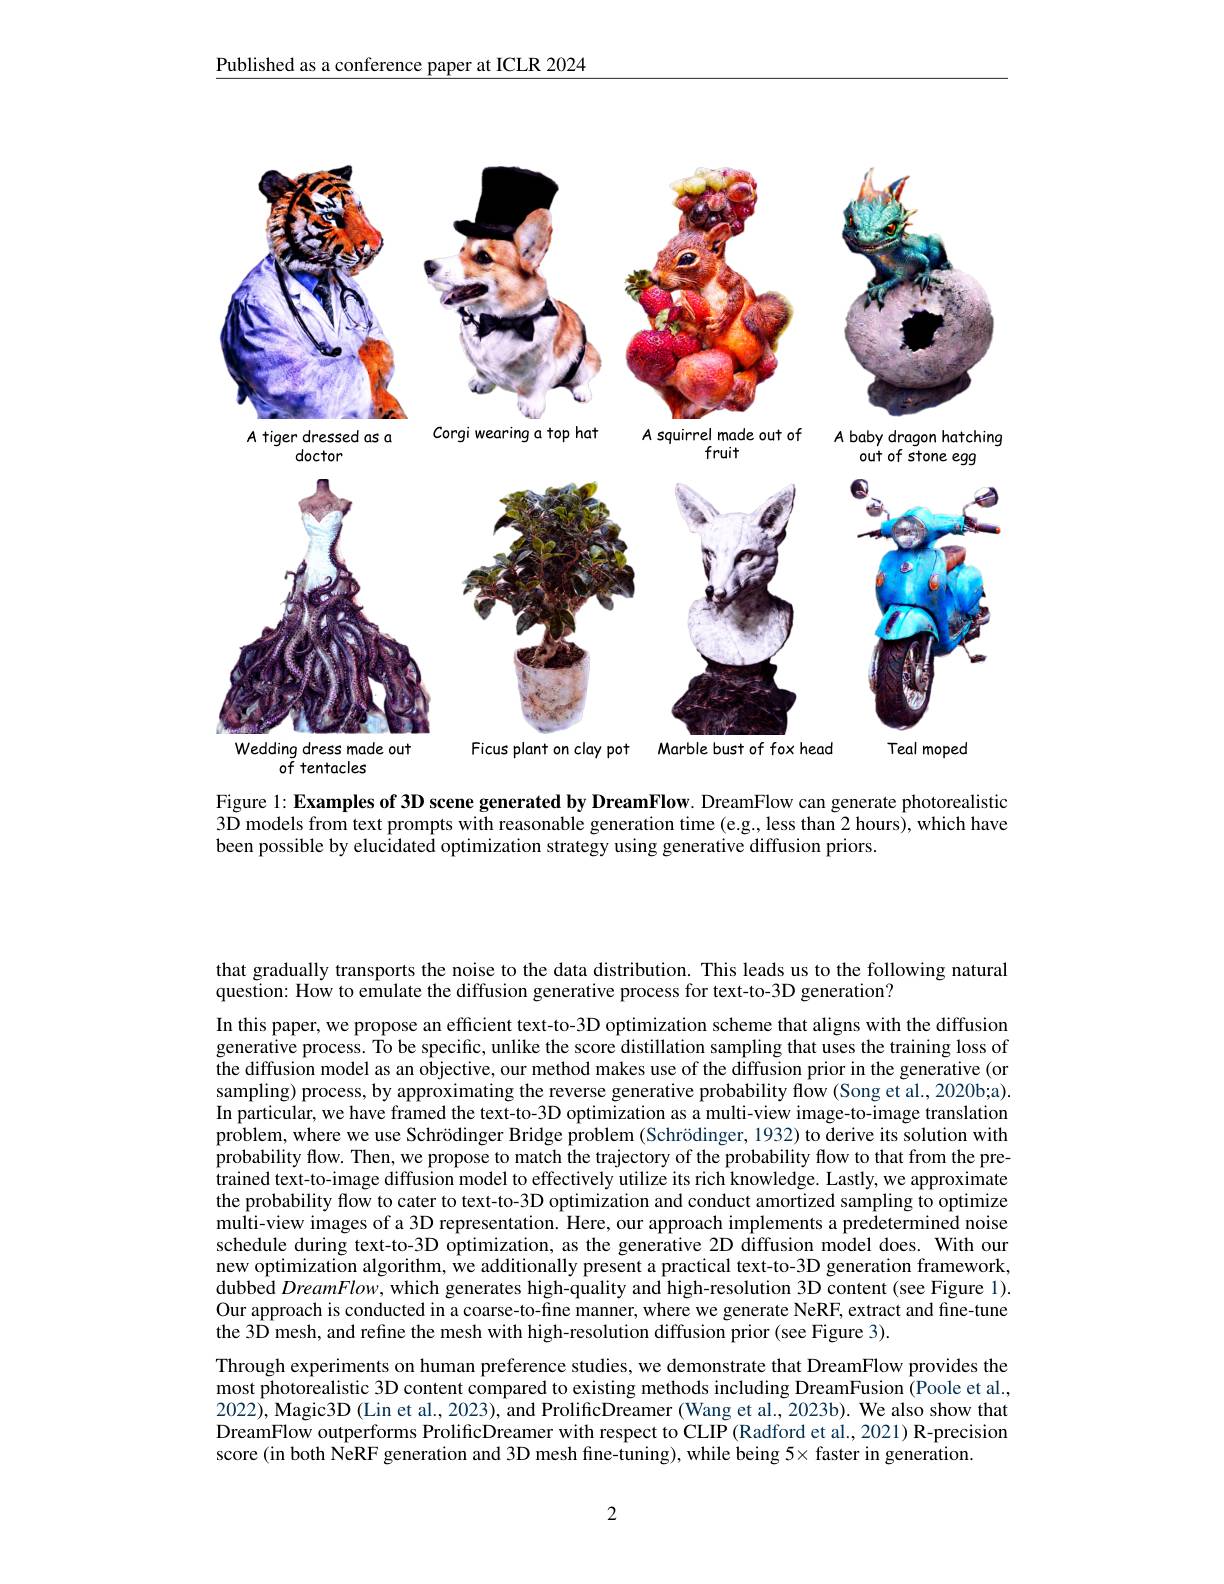
Published as a conference paper at ICLR 2024

<FigureHere>
of tentacles

Figure 1: Examples of 3D scene generated by DreamFlow. DreamFlow can generate photorealistic $\tilde{3\text{D models from text prompts with reasonable generation time (e.g., less than 2 hours), which have}}$ been possible by elucidated optimization strategy using generative diffusion priors.

that gradually transports the noise to the data distribution. This leads us to the following natural
question: How to emulate the diffusion generative process for text-to-3D generation?

In this paper, we propose an efficient text-to-3D optimization scheme that aligns with the diffusion generative process. To be specific, unlike the score distillation sampling that uses the training loss of the diffusion model as an objective, our method makes use of the diffusion prior in the generative (or sampling) process, by approximating the reverse generative probability flow (Song et al., 2020b;a). In particular, we have framed the text-to-3D optimization as a multi-view image-to-image translation problem, where we use Schrödinger Bridge problem (Schrödinger, 1932) to derive its solution with probability flow. Then, we propose to match the trajectory of the probability flow to that from the pretrained text-to-image diffusion model to effectively utilize its rich knowledge. Lastly, we approximate the probability flow to cater to text-to-3D optimization and conduct amortized sampling to optimize multi-view images of a 3D representation. Here, our approach implements a predetermined noise schedule during text-to-3D optimization, as the generative 2D diffusion model does. With our new optimization algorithm, $\hat{\text{we additionallypresentapracticaltext-to-3Dgenerationframework}}$, $\hat{\text{dubbed DreamFlow, which generates high-quality and high-resolution 3D content (see Figure 1).}}$ Our approach is conducted in a coarse-to-fine manner, where we generate NeRF, extract and fine-tune the 3D mesh, and refine the mesh with high-resolution diffusion prior(see Figure 3).
Through experiments on human preference studies, we demonstrate that DreamFlow provides the most photorealistic 3D content compared to existing methods including DreamFusion (Poole et al., 2022), Magic3D (Lin et al., 2023), and ProlificDreamer (Wang et al., 2023b). We also show that DreamFlow outperforms ProlificDreamer with respect to CLIP (Radford et al., 2021) R-precision score (in both NeRF generation and 3D mesh fine-tuning), while being 5× faster in generation.

2